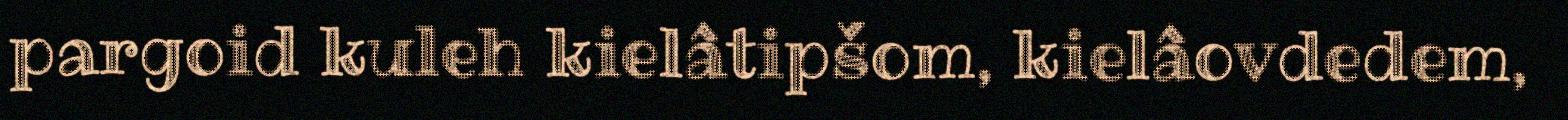
pargoid kuleh kielâtipšom, kielâovdedem,